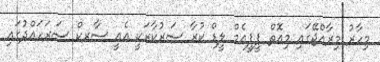
މިހާރު މިރާއްޖޭގައި މިއޮތް ޕީޕީއެމް ލީޑް ކުރާ ސަރުކާރަކީ އެއީ ސާރކް ސަރަހައްދުގައި